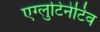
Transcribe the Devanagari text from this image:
एग्लुटिनेटिव